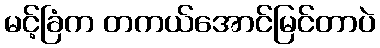
မင့်ခြံက တကယ်အောင်မြင်တာပဲ